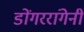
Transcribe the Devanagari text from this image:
डोंगररांगेनी